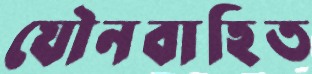
যৌনবাহিত